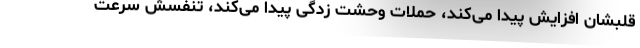
قلبشان افزایش پیدا می‌کند، حملات وحشت‌ زدگی پیدا می‌کند، تنفسش سرعت